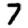
Digit: 7